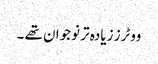
ووٹرز زیادہ تر نوجوان تھے ۔